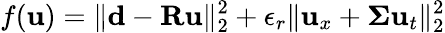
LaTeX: f(\textbf{u})=\| \textbf{d}-\textbf{R}\textbf{u}\| _{2}^{2}+\epsilon_{r}\| \textbf{u}_{x}+\boldsymbol\Sigma\textbf{u}_{t}\| _{2}^{2}